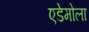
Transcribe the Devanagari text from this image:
एडेमोला